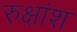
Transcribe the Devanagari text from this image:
रुक्षांश